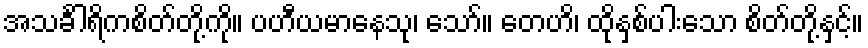
အသင်္ခါရိကစိတ်တို့ကို။ ပဟီယမာနေသု၊ သော်။ တေဟိ၊ ထိုနှစ်ပါးသော စိတ်တို့နှင့်။